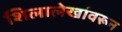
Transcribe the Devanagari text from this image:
शिलालेखांवरून